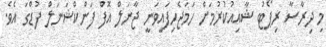
މި ދިރާސާ ރިޕޯޓު ޝާއިއުކުރުމަށް ހަމަޖެހިފައިވަނީ ޖާނަލް އޮފް ފަންކްޝަނަލް ފުޑްގަ އެވެ.